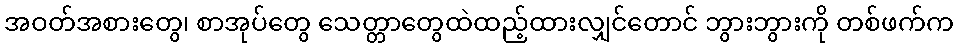
အဝတ်အစားတွေ၊ စာအုပ်တွေ သေတ္တာတွေထဲထည့်ထားလျှင်တောင် ဘွားဘွားကို တစ်ဖက်က